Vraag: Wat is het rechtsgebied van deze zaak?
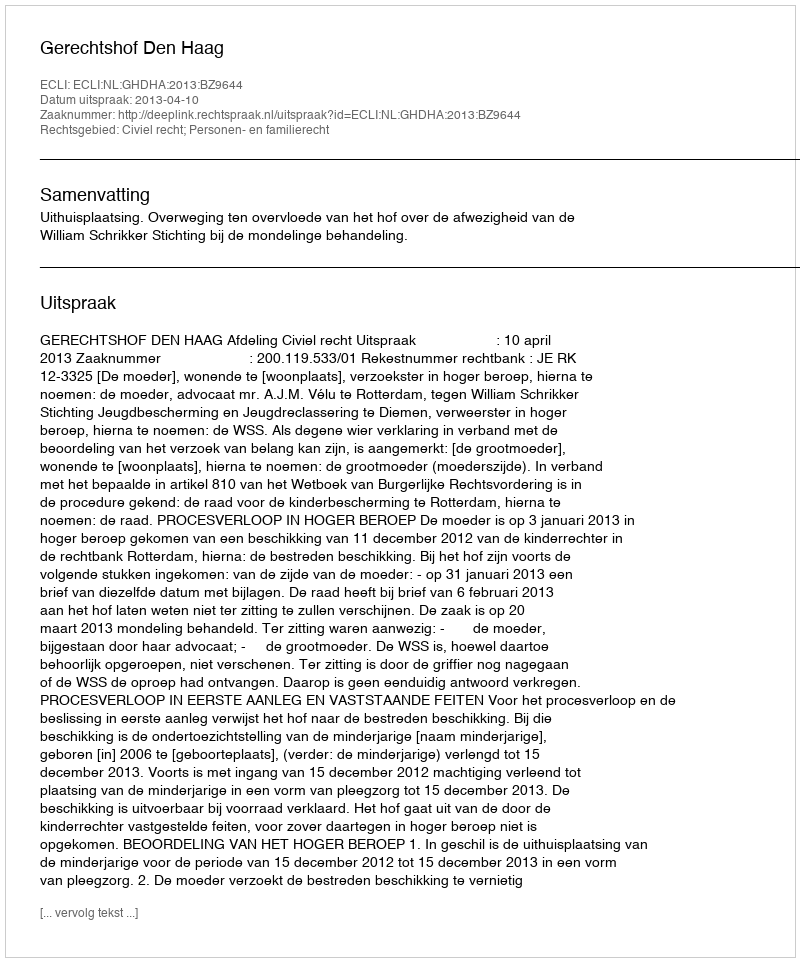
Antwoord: Civiel recht; Personen- en familierecht